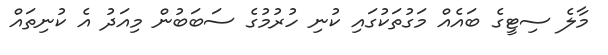
މާލެ ސިޓީގެ ބައެއް މަގުތަކުގައި ކުނި ހުރުމުގެ ސަބަބުން މިއަދު އެ ކުނިތައް